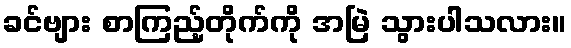
ခင်ဗျား စာကြည့်တိုက်ကို အမြဲ သွားပါသလား။